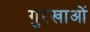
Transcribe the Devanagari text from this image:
गुरखाओं